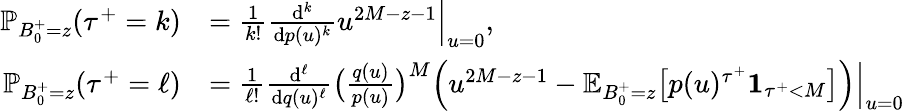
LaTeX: \begin{array}{rl}{\mathbb{P}_{B_{0}^{+}=z}({\tau^{+}}=k)}&{=\textstyle\frac{1}{k!}\frac{\mathrm{d}^{k}}{\mathrm{d}p(u)^{k}}u^{2M-z-1}\Big|_{u=0},}\\ {\mathbb{P}_{B_{0}^{+}=z}({\tau^{+}}=\ell)}&{=\textstyle\frac{1}{\ell!}\frac{\mathrm{d}^{\ell}}{\mathrm{d}q(u)^{\ell}}\bigl(\frac{q(u)}{p(u)}\bigr)^{M}\Bigl(u^{2M-z-1}-\mathbb{E}_{B_{0}^{+}=z}\bigl[p(u)^{\tau^{+}}\mathbf{1}_{{\tau^{+}}<M}\bigr]\Bigr)\Big|_{u=0}}\end{array}